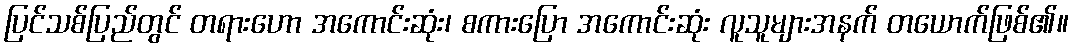
ပြင်သစ်ပြည်တွင် တရားဟော အကောင်းဆုံး၊ စကားပြော အကောင်းဆုံး လူသူများအနက် တယောက်ဖြစ်၏။